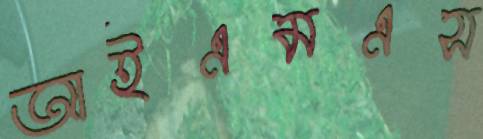
আইএমএস